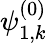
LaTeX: \psi_{1,k}^{(0)}